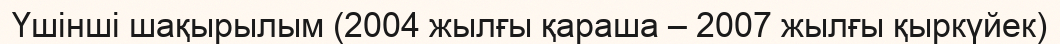
Үшінші шақырылым (2004 жылғы қараша – 2007 жылғы қыркүйек)